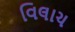
વિલાચ